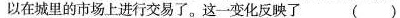
以在城里的市场上进行交易了。这一变化反映了 （)